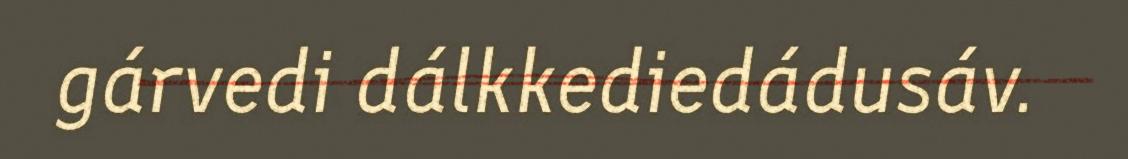
gárvedi dálkkediedádusáv.